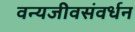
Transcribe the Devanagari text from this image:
वन्यजीवसंवर्धन